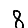
Digit: 8